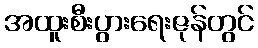
အထူးစီးပွားရေးဇုန်တွင်